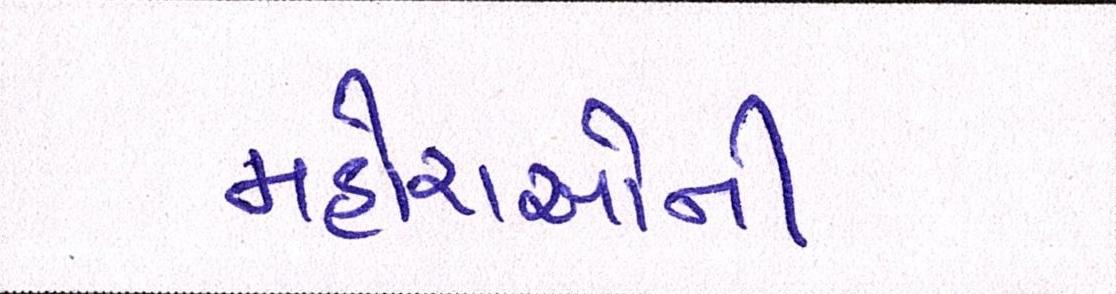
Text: મહોરાઓની